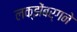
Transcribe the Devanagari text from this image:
लक्झेंबर्गने